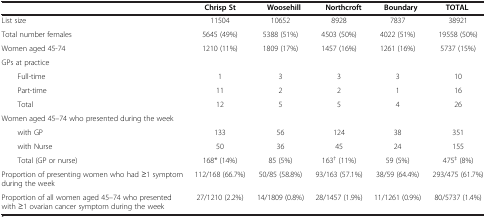
<table><thead><tr><td></td><td><b>Chrisp St</b></td><td><b>Woosehill</b></td><td><b>Northcroft</b></td><td><b>Boundary</b></td><td><b>TOTAL</b></td></tr></thead><tbody><tr><td>List size</td><td>11504</td><td>10652</td><td>8928</td><td>7837</td><td>38921</td></tr><tr><td>Total number females</td><td>5645 (49%)</td><td>5388 (51%)</td><td>4503 (50%)</td><td>4022 (51%)</td><td>19558 (50%)</td></tr><tr><td>Women aged 45-74</td><td>1210 (11%)</td><td>1809 (17%)</td><td>1457 (16%)</td><td>1261 (16%)</td><td>5737 (15%)</td></tr><tr><td>GPs at practice</td><td></td><td></td><td></td><td></td><td></td></tr><tr><td>Full-time</td><td>1</td><td>3</td><td>3</td><td>3</td><td>10</td></tr><tr><td>Part-time</td><td>11</td><td>2</td><td>2</td><td>1</td><td>16</td></tr><tr><td>Total</td><td>12</td><td>5</td><td>5</td><td>4</td><td>26</td></tr><tr><td>Women aged 45–74 who presented during the week</td><td></td><td></td><td></td><td></td><td></td></tr><tr><td>with GP</td><td>133</td><td>56</td><td>124</td><td>38</td><td>351</td></tr><tr><td>with Nurse</td><td>50</td><td>36</td><td>45</td><td>24</td><td>155</td></tr><tr><td>Total (GP or nurse)</td><td>168* (14%)</td><td>85 (5%)</td><td>163<sup>†</sup> (11%)</td><td>59 (5%)</td><td>475<sup>‡</sup> (8%)</td></tr><tr><td>Proportion of presenting women who had ≥1 symptom during the week</td><td>112/168 (66.7%)</td><td>50/85 (58.8%)</td><td>93/163 (57.1%)</td><td>38/59 (64.4%)</td><td>293/475 (61.7%)</td></tr><tr><td>Proportion of all women aged 45–74 who presented with ≥1 ovarian cancer symptom during the week</td><td>27/1210 (2.2%)</td><td>14/1809 (0.8%)</td><td>28/1457 (1.9%)</td><td>11/1261 (0.9%)</td><td>80/5737 (1.4%)</td></tr></tbody></table>